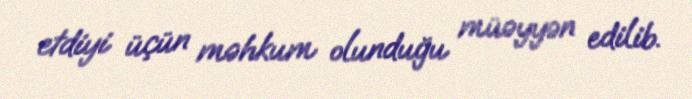
etdiyi üçün məhkum olunduğu müəyyən edilib.